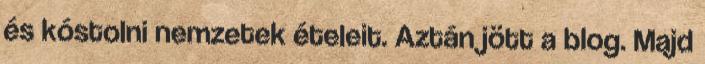
és kóstolni nemzetek ételeit. Aztán jött a blog. Majd